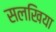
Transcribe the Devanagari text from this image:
सलखिया